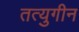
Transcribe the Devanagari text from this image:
तत्युगीन